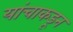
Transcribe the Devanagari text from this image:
यांचाकडून